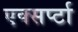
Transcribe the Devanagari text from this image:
एक्सर्प्टा